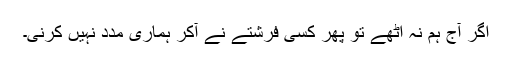
اگر آج ہم نہ اٹھے تو پھر کسی فرشتے نے آکر ہماری مدد نہیں کرنی۔